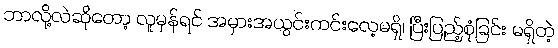
ဘာလို့လဲဆိုတော့ လူမှန်ရင် အမှားအယွင်းကင်းလေ့မရှိ၊ ပြီးပြည့်စုံခြင်း မရှိတဲ့